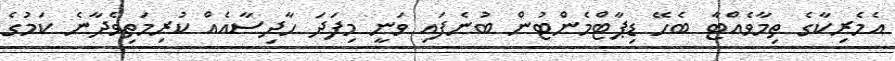
އެމެރިކާގެ ތިމާވެއްޓާ ބެހޭ ޑިޕާޓްމެންޓުން ބުނެފައި ވަނީ މިފަދަ ހާދިސާއެއް ކުރިމަތިވެދާނެ ކަމުގެ